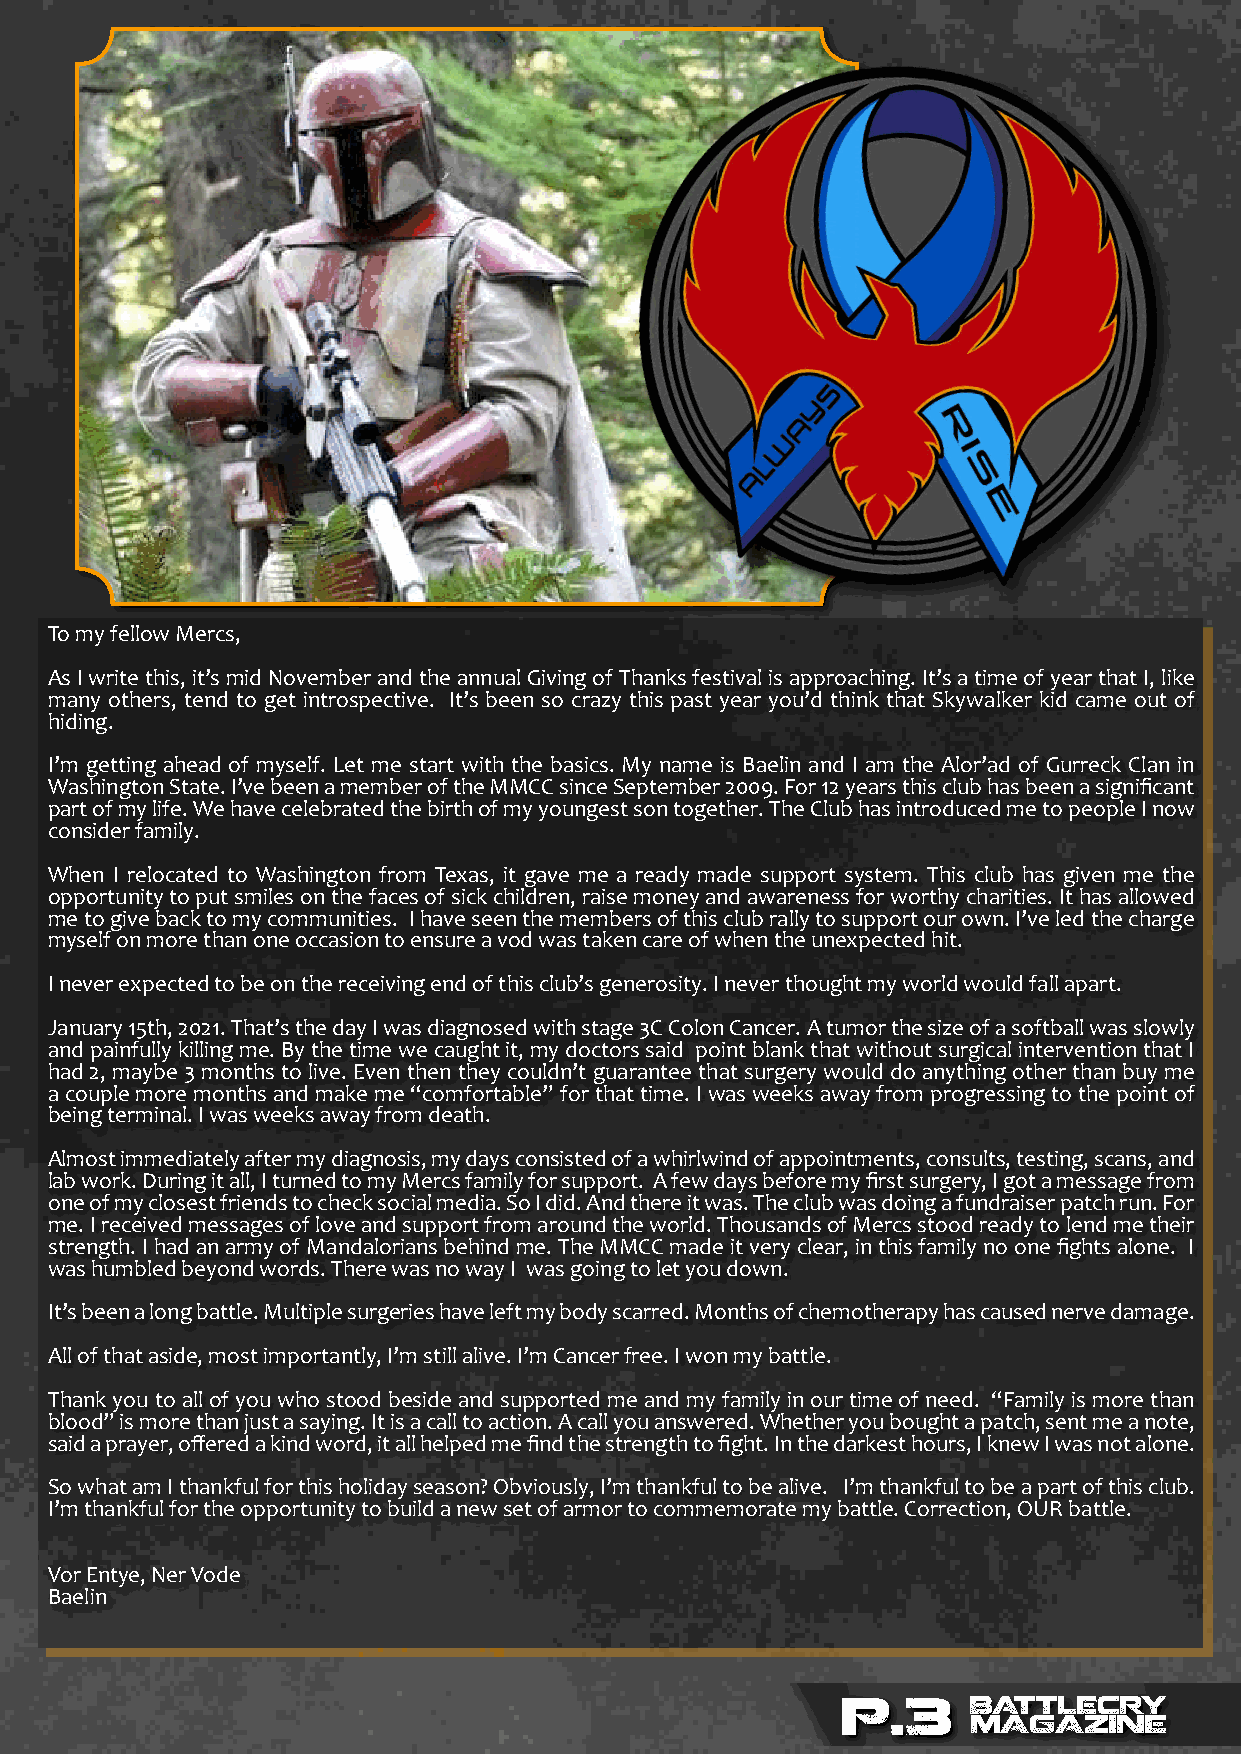
To my fellow Mercs,
 As I write this, it’s mid November and the annual Giving of Thanks festival is approaching. It’s a time of year that I, like
 many others, tend to get introspective. It’s been so crazy this past year you’d think that Skywalker kid came out of
 hiding.
 I’m getting ahead of myself. Let me start with the basics. My name is Baelin and I am the Alor’ad of Gurreck Clan in
 Washington State. I’ve been a member of the MMCC since September 2009. For 12 years this club has been a significant
 part of my life. We have celebrated the birth of my youngest son together. The Club has introduced me to people I now
 consider family.
 When I relocated to Washington from Texas, it gave me a ready made support system. This club has given me the
 opportunity to put smiles on the faces of sick children, raise money and awareness for worthy charities. It has allowed
 me to give back to my communities. I have seen the members of this club rally to support our own. I’ve led the charge
 myself on more than one occasion to ensure a vod was taken care of when the unexpected hit.
 I never expected to be on the receiving end of this club’s generosity. I never thought my world would fall apart.
 January 15th, 2021. That’s the day I was diagnosed with stage 3C Colon Cancer. A tumor the size of a softball was slowly
 and painfully killing me. By the time we caught it, my doctors said point blank that without surgical intervention that I
 had 2, maybe 3 months to live. Even then they couldn’t guarantee that surgery would do anything other than buy me
 a couple more months and make me “comfortable” for that time. I was weeks away from progressing to the point of
 being terminal. I was weeks away from death.
 Almost immediately after my diagnosis, my days consisted of a whirlwind of appointments, consults, testing, scans, and
 lab work. During it all, I turned to my Mercs family for support. A few days before my first surgery, I got a message from
 one of my closest friends to check social media. So I did. And there it was. The club was doing a fundraiser patch run. For
 me. I received messages of love and support from around the world. Thousands of Mercs stood ready to lend me their
 strength. I had an army of Mandalorians behind me. The MMCC made it very clear, in this family no one fights alone. I
 was humbled beyond words. There was no way I was going to let you down.
 It’s been a long battle. Multiple surgeries have left my body scarred. Months of chemotherapy has caused nerve damage.
 All of that aside, most importantly, I’m still alive. I’m Cancer free. I won my battle.
 Thank you to all of you who stood beside and supported me and my family in our time of need. “Family is more than
 blood” is more than just a saying. It is a call to action. A call you answered. Whether you bought a patch, sent me a note,
 said a prayer, offered a kind word, it all helped me find the strength to fight. In the darkest hours, I knew I was not alone.
 So what am I thankful for this holiday season? Obviously, I’m thankful to be alive. I’m thankful to be a part of this club.
 I’m thankful for the opportunity to build a new set of armor to commemorate my battle. Correction, OUR battle.
 Vor Entye, Ner Vode
 Baelin
 P.3     BATTLECRY
 MAGAZINE